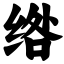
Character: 绺